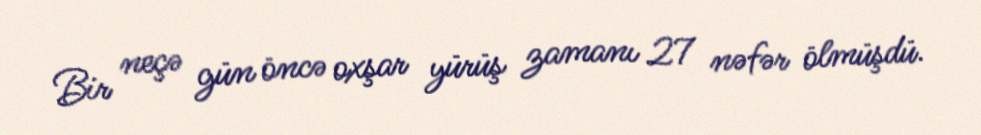
Bir neçə gün öncə oxşar yürüş zamanı 27 nəfər ölmüşdü.